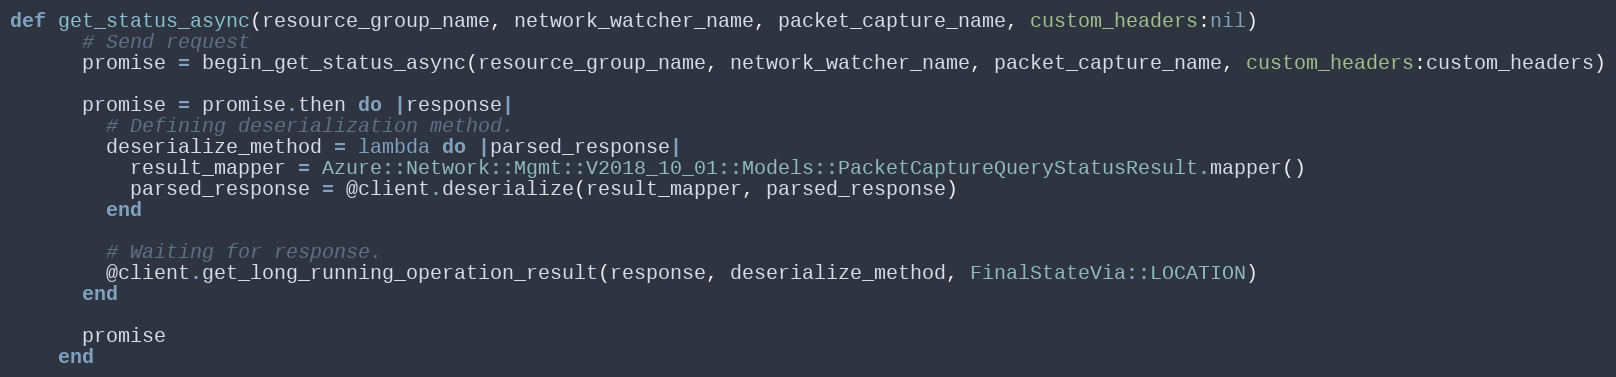
Language: Ruby
def get_status_async(resource_group_name, network_watcher_name, packet_capture_name, custom_headers:nil)
      # Send request
      promise = begin_get_status_async(resource_group_name, network_watcher_name, packet_capture_name, custom_headers:custom_headers)

      promise = promise.then do |response|
        # Defining deserialization method.
        deserialize_method = lambda do |parsed_response|
          result_mapper = Azure::Network::Mgmt::V2018_10_01::Models::PacketCaptureQueryStatusResult.mapper()
          parsed_response = @client.deserialize(result_mapper, parsed_response)
        end

        # Waiting for response.
        @client.get_long_running_operation_result(response, deserialize_method, FinalStateVia::LOCATION)
      end

      promise
    end